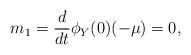
LaTeX: \begin{align*}m_1 = \frac{d}{dt}\phi_Y(0)(-\mu) = 0,\end{align*}